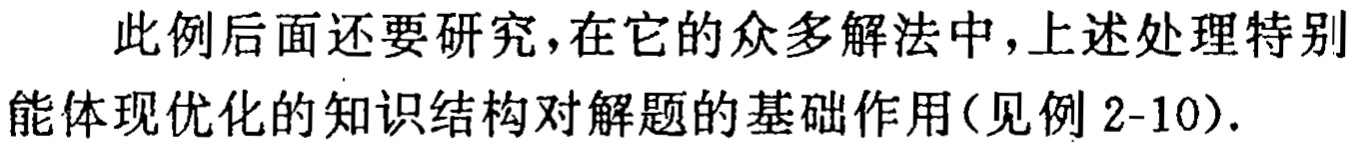
此例后面还要研究，在它的众多解法中，上述处理特别能体现优化的知识结构对解题的基础作用(见例 2-10).